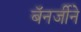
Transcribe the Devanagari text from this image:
बॅनर्जीने